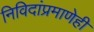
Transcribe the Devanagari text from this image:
निविदांप्रमाणेही